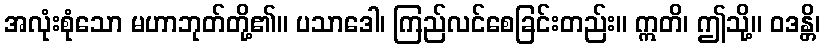
အလုံးစုံသော မဟာဘုတ်တို့၏။ ပသာဒေါ၊ ကြည်လင်စေခြင်းတည်း။ ဣတိ၊ ဤသို့။ ဝဒန္တိ၊